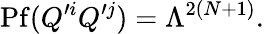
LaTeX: \mathrm{Pf}(Q^{\prime i}Q^{\prime j})=\Lambda^{2(N+1)}.